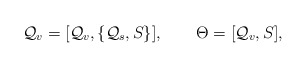
\begin{align*}{\cal Q}_v=[{\cal Q}_v,\{{\cal Q}_s,S\}],\quad\quad\Theta=[{\cal Q}_v, S],\end{align*}